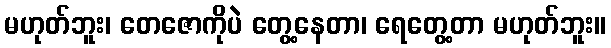
မဟုတ်ဘူး၊ တေဇောကိုပဲ တွေ့နေတာ၊ ရေတွေ့တာ မဟုတ်ဘူး။